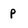
Character: p